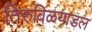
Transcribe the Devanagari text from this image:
तिरुविळयाडल